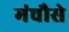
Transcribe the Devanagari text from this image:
मंचौसे